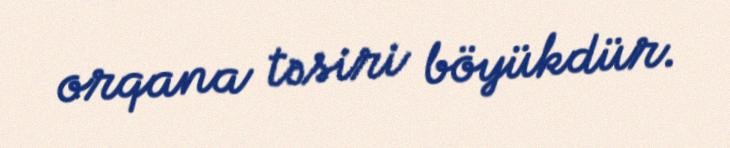
orqana təsiri böyükdür.